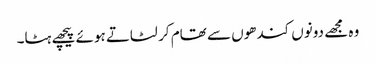
وہ مجھے دونوں کندھوں سے تھام کر لٹاتے ہوئے پیچھے ہٹا۔